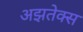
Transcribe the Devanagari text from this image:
अझतेक्स